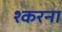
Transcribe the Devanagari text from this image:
श्करना